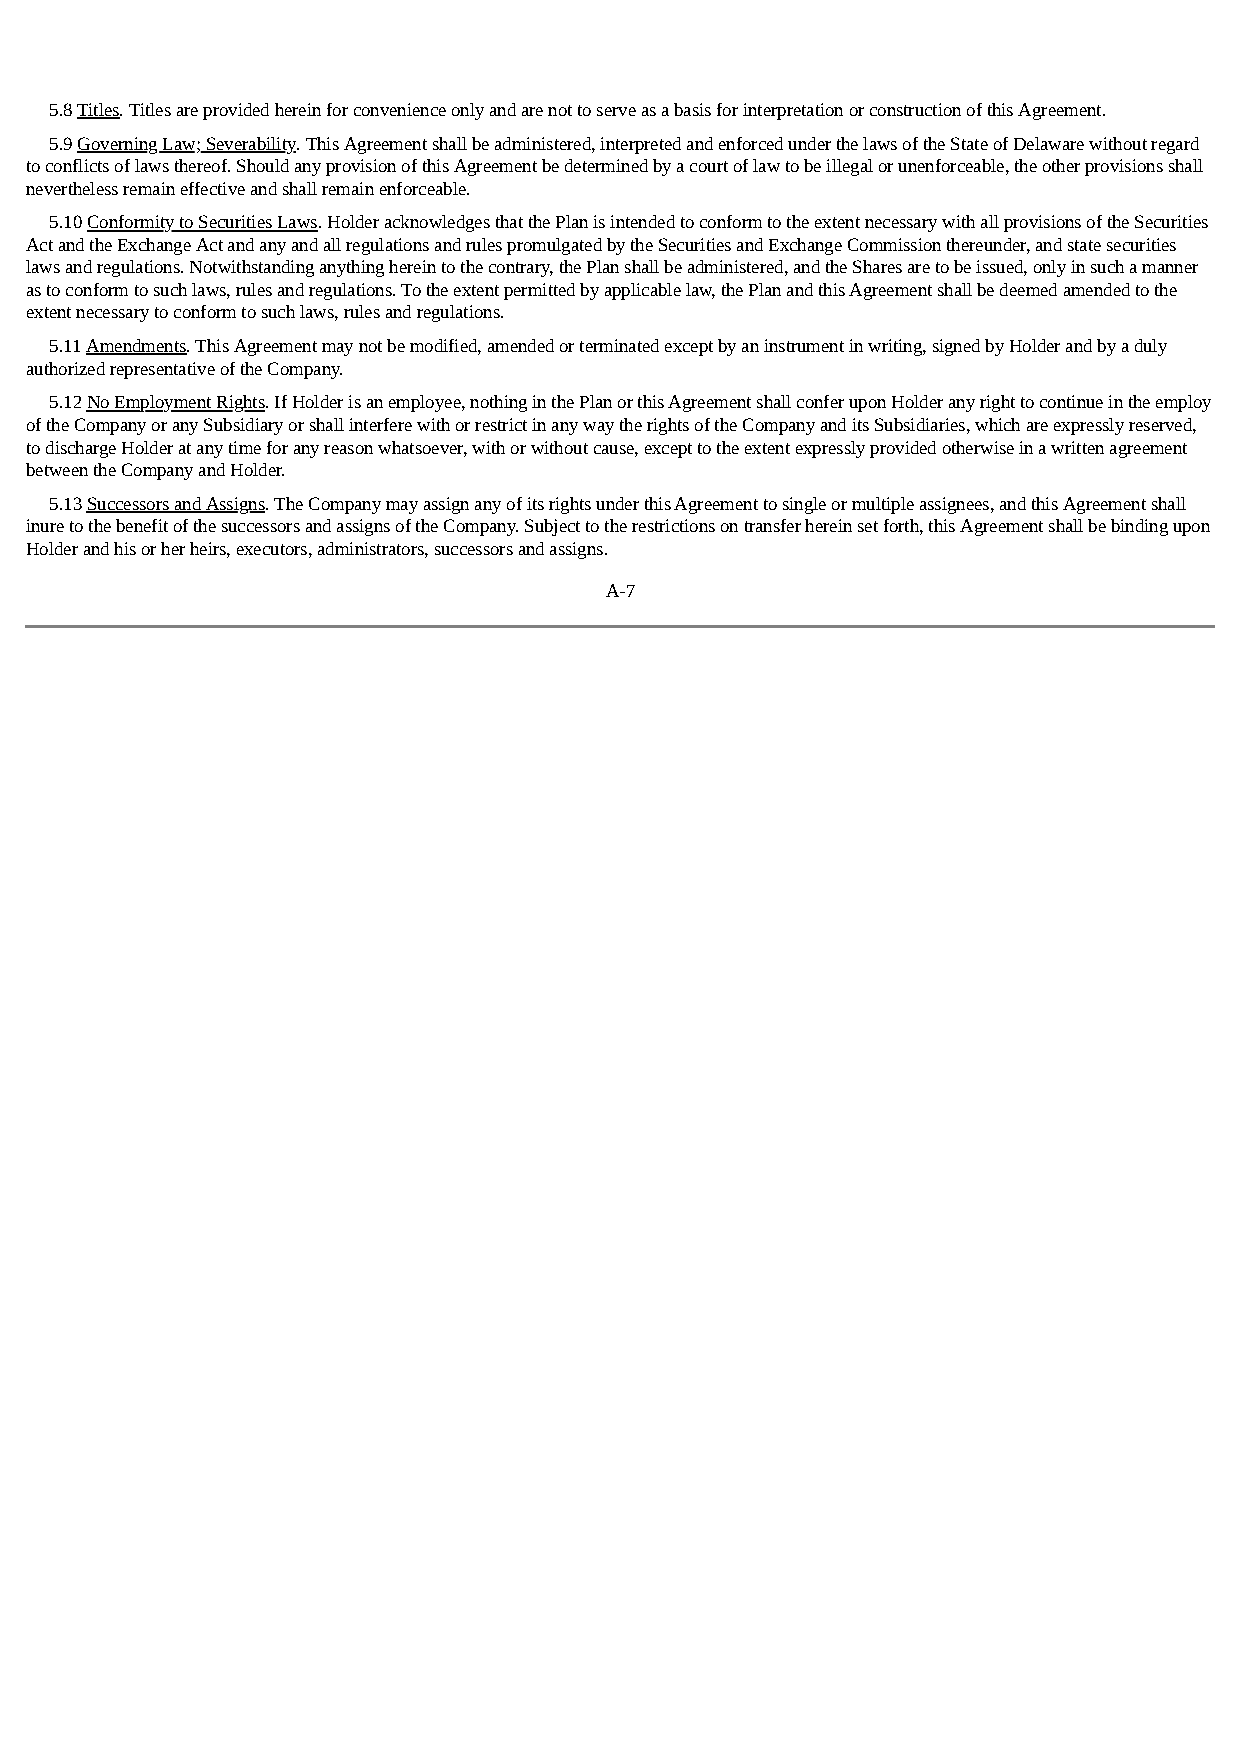
5.8 Titles. Titles are provided herein for convenience only and are not to serve as a basis for interpretation or construction of this Agreement.
 5.9 Governing Law; Severability. This Agreement shall be administered, interpreted and enforced under the laws of the State of Delaware without regard
 to conflicts of laws thereof. Should any provision of this Agreement be determined by a court of law to be illegal or unenforceable, the other provisions shall
 nevertheless remain effective and shall remain enforceable.
 5.10 Conformity to Securities Laws. Holder acknowledges that the Plan is intended to conform to the extent necessary with all provisions of the Securities
 Act and the Exchange Act and any and all regulations and rules promulgated by the Securities and Exchange Commission thereunder, and state securities
 laws and regulations. Notwithstanding anything herein to the contrary, the Plan shall be administered, and the Shares are to be issued, only in such a manner
 as to conform to such laws, rules and regulations. To the extent permitted by applicable law, the Plan and this Agreement shall be deemed amended to the
 extent necessary to conform to such laws, rules and regulations.
 5.11 Amendments. This Agreement may not be modified, amended or terminated except by an instrument in writing, signed by Holder and by a duly
 authorized representative of the Company.
 5.12 No Employment Rights. If Holder is an employee, nothing in the Plan or this Agreement shall confer upon Holder any right to continue in the employ
 of the Company or any Subsidiary or shall interfere with or restrict in any way the rights of the Company and its Subsidiaries, which are expressly reserved,
 to discharge Holder at any time for any reason whatsoever, with or without cause, except to the extent expressly provided otherwise in a written agreement
 between the Company and Holder.
 5.13 Successors and Assigns. The Company may assign any of its rights under this Agreement to single or multiple assignees, and this Agreement shall
 inure to the benefit of the successors and assigns of the Company. Subject to the restrictions on transfer herein set forth, this Agreement shall be binding upon
 Holder and his or her heirs, executors, administrators, successors and assigns.
 A-7